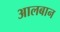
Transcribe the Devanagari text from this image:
आलबान